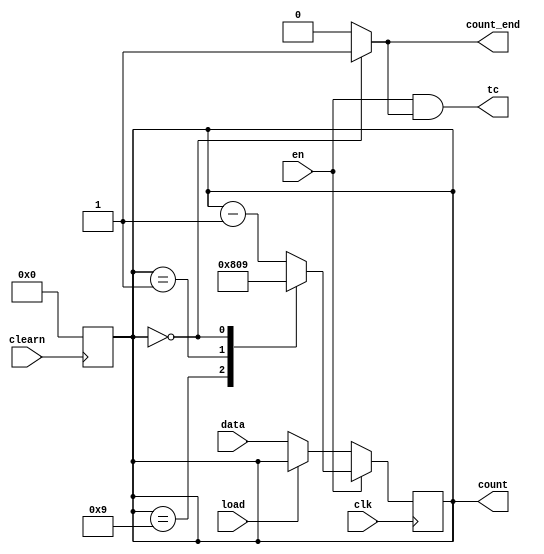
module count_mod10 (  input wire [3:0] data, input wire clk, input wire load, input wire en, input wire clearn, 
                      output reg [3:0] count, output wire tc, output wire count_end );

  always @(negedge clearn)
  begin
    count <= 4'b0000;
  end

  assign count_end = (count == 4'b0000) ? 1'b1 : 1'b0;

  assign tc = en & count_end;

  always @(posedge clk)
  begin
    if (en) 
      case (count)
        4'b1001: 
        begin 
          count <= 4'b1000; 
        end
        
        4'b0001: 
        begin
          count <= 4'b0000;
        end
        
        4'b0000: 
        begin
          count <= 4'b1001; 
        end
        
        default: count <= count - 4'b0001;
      endcase
    else begin
       if (!load)
        count <= data;
    end
  end
endmodule